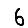
Digit: 6